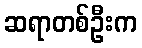
ဆရာတစ်ဦးက